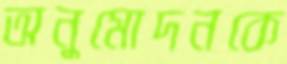
অনুমোদনকে